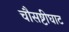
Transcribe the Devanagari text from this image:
चौसष्टीघाट